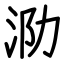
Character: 泐